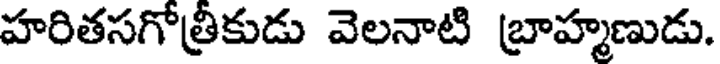
హరితసగోత్రికుడు వెలనాటి బ్రాహ్మణుడు.